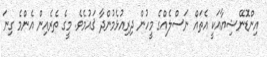
އިންޑޮނޭޝިޔާއަކީ އެތައް ނަސްލެއްގެ މީހުން ދިރިއުޅެމުންދާ ޤައުމެވެ. މީގެ ތެރެއިން އެންމެ ގިނަ